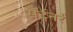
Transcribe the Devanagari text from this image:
सर्टुनर्र